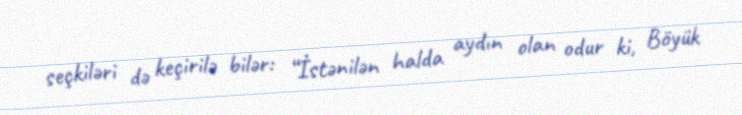
seçkiləri də keçirilə bilər: “İstənilən halda aydın olan odur ki, Böyük